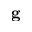
\mathbf { g }